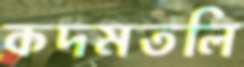
কদমতলি